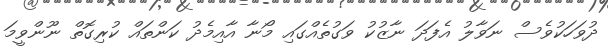
ދުވަހަކުވެސް ނަވާލު އެފަދަ ނާޒުކު ވަގުތެއްގައި މޯނާ އާއިމެދު ކަންތައް ކުރިގޮތް ނޫންވީމަ